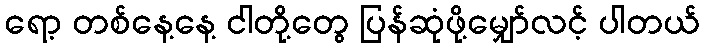
ရော့ တစ်နေ့နေ့ ငါတို့တွေ ပြန်ဆုံဖို့မျှော်လင့် ပါတယ်